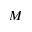
M